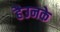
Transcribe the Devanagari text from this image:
हैउनके